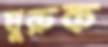
ঘুরুক